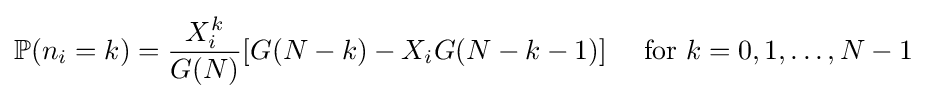
\mathbb {P} (n_{i}=k)={\frac {X_{i}^{k}}{G(N)}}[G(N-k)-X_{i}G(N-k-1)]\quad {\text{ for }}k=0,1,\ldots ,N-1